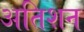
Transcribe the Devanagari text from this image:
अतिशन